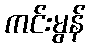
ကင်းမွန်